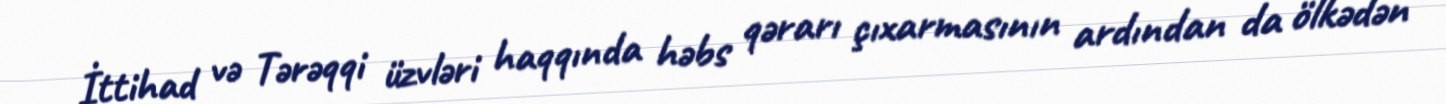
İttihad və Tərəqqi üzvləri haqqında həbs qərarı çıxarmasının ardından da ölkədən